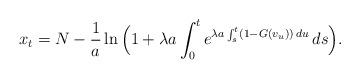
LaTeX: \begin{align*}x_t=N-\frac{1}{a}\ln\Big(1+ \lambda a\int_0^te^{\lambda a\int_s^t (1-G(v_u))\,du}\,ds\Big).\end{align*}